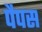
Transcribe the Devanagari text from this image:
पैपस